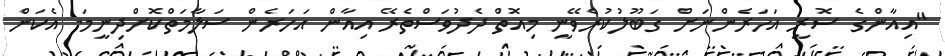
"އިއާންގެ ސޮރީ އަހަރެންނަށް ގަބޫލުކުރެވޭނީ މިއޮތް ދެދުވަސްތެރޭ އިއާން އަހަރެން ސަލާމަތްކޮށްދިނީމަ. އެކަން